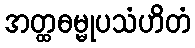
အတ္ထဓမ္မုပသံဟိတံ